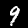
Digit: 9